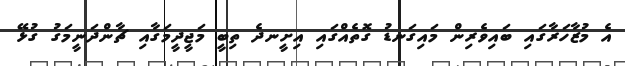
އެ މުޒާހަރާގައި ބައިވެރިން މައިގަނޑު ގޮތެއްގައި އިށީނދެ ތިބީ މަޖީދީމަގާއި ޗާންދަނީމަގު ގުޅޭ